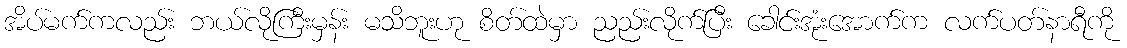
အိပ်မက်ကလည်း ဘယ်လိုကြီးမှန်း မသိဘူးဟု စိတ်ထဲမှာ ညည်းလိုက်ပြီး ခေါင်းအုံးအောက်က လက်ပတ်နာရီကို